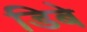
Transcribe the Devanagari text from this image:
डिबे